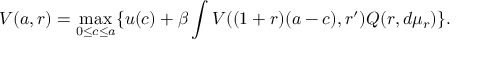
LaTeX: V ( a , r ) = \operatorname* { m a x } _ { 0 \leq c \leq a } \{ u ( c ) + \beta \int V ( ( 1 + r ) ( a - c ) , r ^ { \prime } ) Q ( r , d \mu _ { r } ) \} .